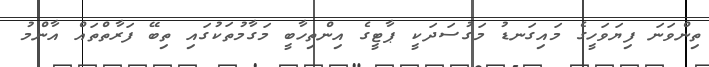
ތިންވަނަ ފިޔަވަހީގެ މައިގަނޑު މަގުސަދަކީ ޕާޓީގެ އިންތިހާބީ މަގާމުތަކުގައި ތިބޭ ފަރާތްތައް އާންމު